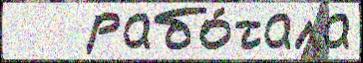
   рабо́тала